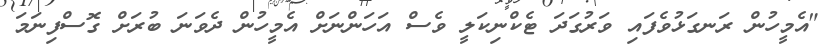
"އެމީހުން ރަނގަޅުވެފައި ވަރުގަދަ ޓެކްނިކަލީ ވެސް އަހަންނަށް އެމީހުން ދެވަނަ ބުރަށް ގޮސްފިނަމަ